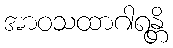
အာဝသထာဂါရန္တိ